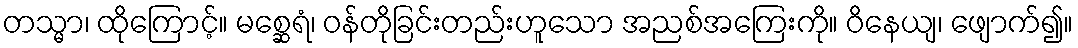
တသ္မာ၊ ထိုကြောင့်။ မစ္ဆေရံ၊ ဝန်တိုခြင်းတည်းဟူသော အညစ်အကြေးကို။ ဝိနေယျ၊ ဖျောက်၍။